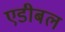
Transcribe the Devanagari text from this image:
एडीबल